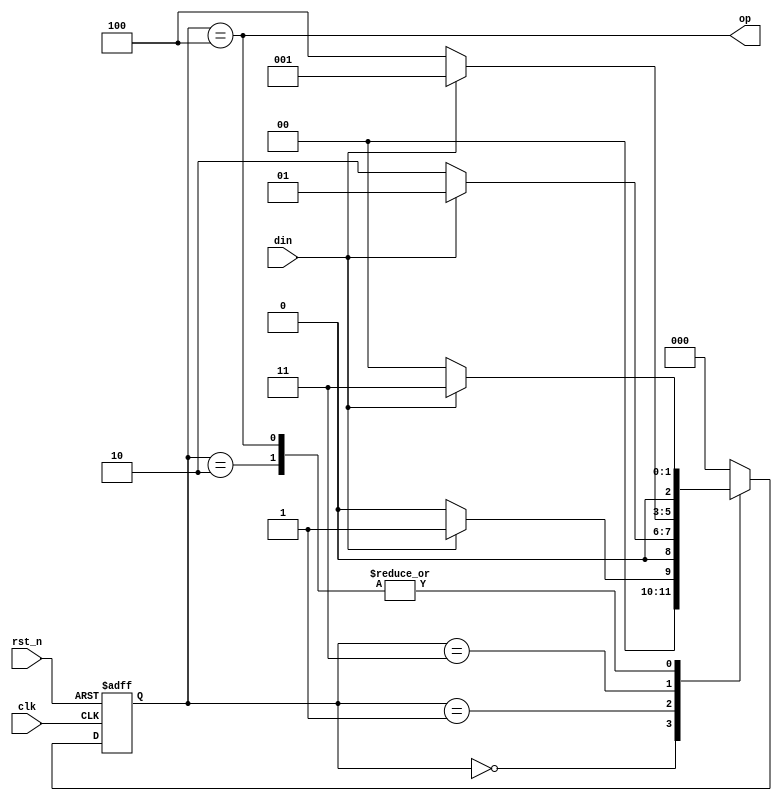
`timescale 1ns / 1ps
//////////////////////////////////////////////////////////////////////////////////
// Company: 
// Engineer: 
// 
// Design Name: 
// Module Name:    seq_det 
// Project Name: 
// Target Devices: 
// Tool versions: 
// Description: 
//
// Dependencies: 
//
// Revision: 
// Revision 0.01 - File Created
// Additional Comments: 
//
//////////////////////////////////////////////////////////////////////////////////
module seq_det(
    input din,
    input clk,
	 input rst_n,
    output op
    );

parameter IDLE=3'b000,
			 s1=3'b001,
			 s10=3'b010,
			 s101=3'b011,
			 s1010=3'b100;
			 
reg [2:0] state;
reg [2:0] next_state;

// present state logic

always@(posedge clk or negedge rst_n)
	begin
		if(rst_n==0)
		 state<=IDLE;
		 else
		 state<=next_state;
	end
	
// next state logic

always@( state, din)
	begin
	next_state<=IDLE;
	case (state)
	
	IDLE: 
	if(din)
		next_state<=s1;
	s1:
	if(din)
		next_state<=s1;
	else
	   next_state<=s10;
	s10:
	if(din)
		next_state<=s101;
	s101:
	if(din)
	   next_state<=s1;
	else
		next_state<=s1010;
	s1010:
	if(din)
		next_state<=s101;
	endcase
	end
	
// oputput logic

assign op=(state==s1010);


endmodule